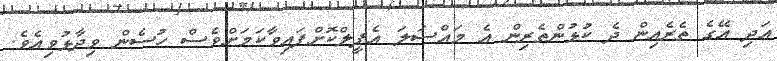
އަދި އޭގެ ތެރެއިން ދެ ކުޅުންތެރިން އެ މައްސަލަ އެޕީލްކޮށްފައިވާކަމަށްވެސް ހުސެން ވިދާޅުވިއެވެ.